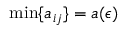
\mathrm { m i n } \{ a _ { i j } \} = a ( \epsilon )